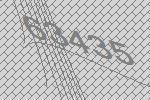
63435